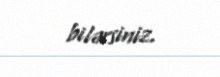
bilərsiniz.